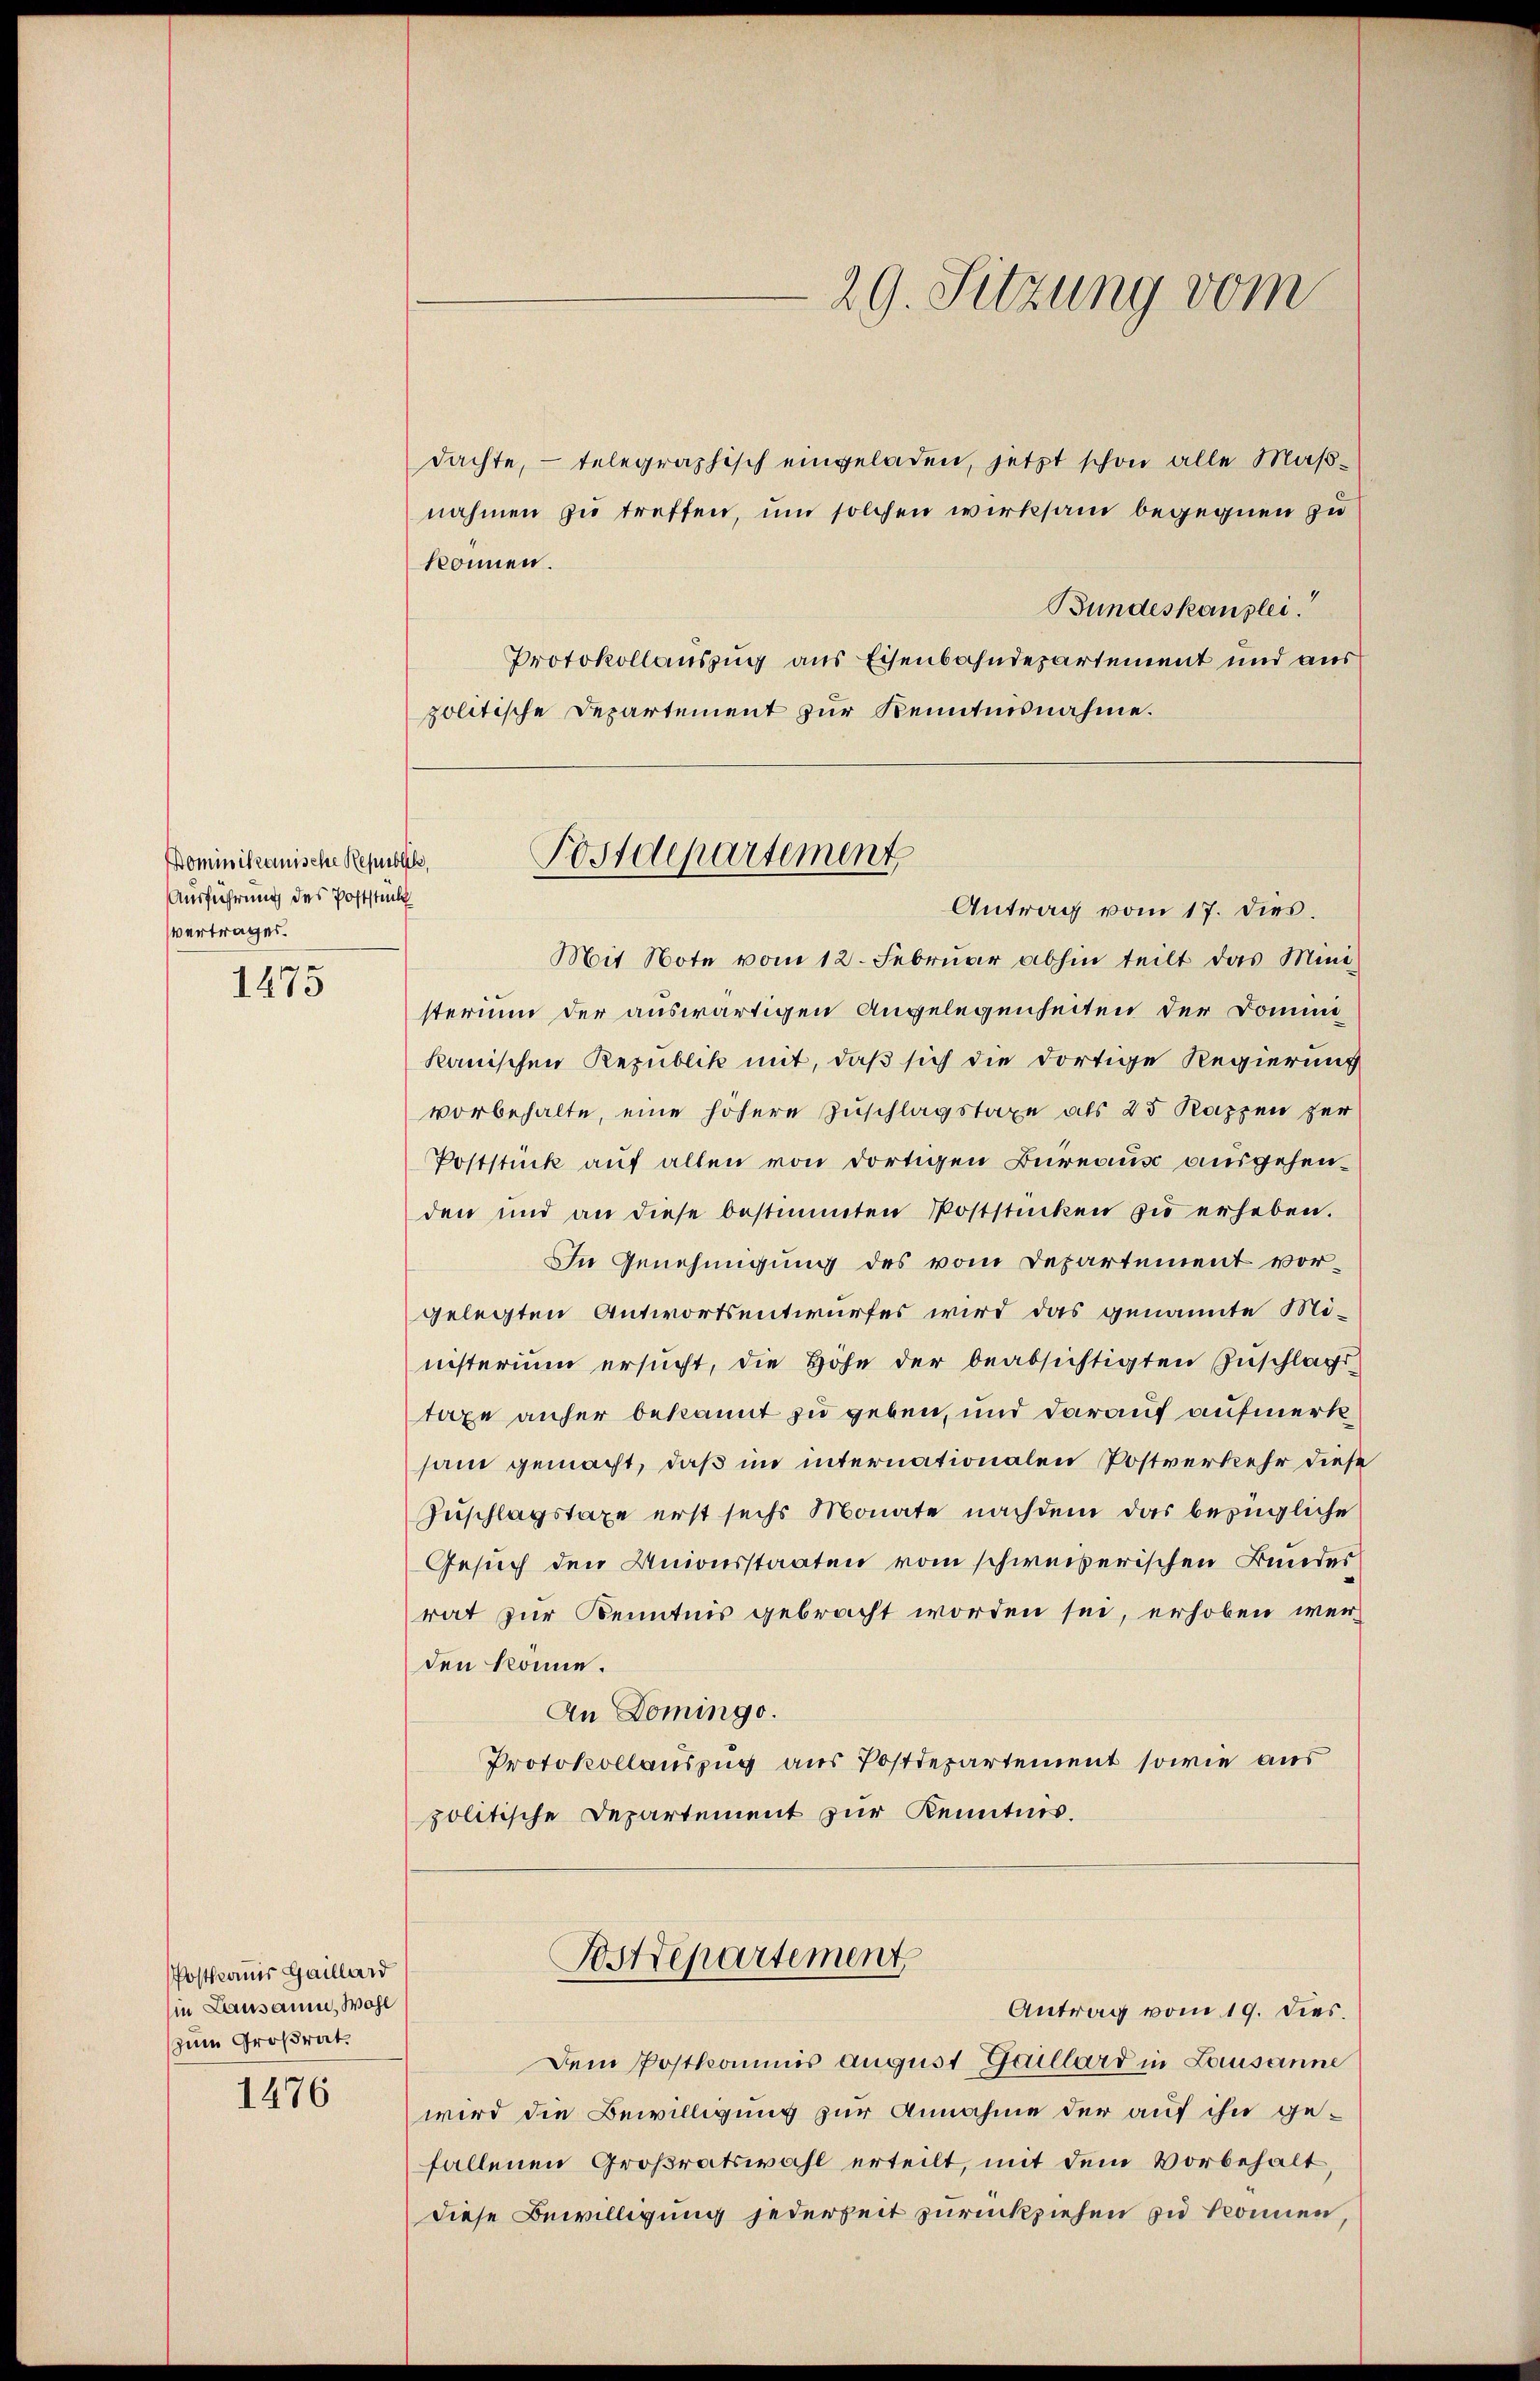
Dominikanische Republick,
Ausführung des Poststück
vertrages.

1475

Posthauer Gaillard
in Lausamm, Wohl
zum Großrat.

1476

dachte, – telegraphisch eingeladen, jetzt schon alle Maßnahmen zu treffen, um solchen wirksam begegnen zu
können.
Bundeskanzlei.
Protokollauszug aus Eisenbahndepartement und aus
politische Departement zur Kenntnisnahme.
Mit Note vom 12. Februar abhin teilt das Mini-
sterium der auswärtigen Angelegenheiten der Dominikanischen Republik mit, daß sich die dortige Regierung
vorbehalte, eine höhere Zuschlagstaxe als 25 Kappen zur
Poststück auf allen von dortigen Bureaus ausgehenden und an diese bestimmten Poststücken zŭ erheben.
In Genehmigung des vom Departement vorgelegten Antwortsentwurfes wird das genannte Ministerium ersucht, die Höhe der beabsichtigten Zuschlags
taxe anher bekannt zu geben, und darauf aufmerksam gemacht, daß im internationalen Postverkehr diese
Zuschlagstaxe erst sechs Monate nachdem das bezügliche
Gesuch den Unionsstaaten vom schweizerischen Bundes
rat zur Kenntnis gebracht worden sei, erhoben werden könne.
An Domingo.
Protokollauszug aus Postdepartement sowie aus
politische Departement zur Kenntnis.
Postdepartement
Antrag vom 19. dies.
Dem Postkommis August Gaillard in Lausanne
wird die Bewilligung zur Annahme der auf ihn gefallenen Großratswahl erteilt, mit dem Vorbehalt
diese Bewilligung jederheit zurückziehen zu können,

Postdepartement
Antrag vom 17. dies.

29. Sitzung vom